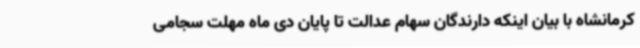
کرمانشاه با بیان اینکه دارندگان سهام عدالت تا پایان دی ماه مهلت سجامی